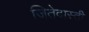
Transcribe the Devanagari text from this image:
जितेदास्ती